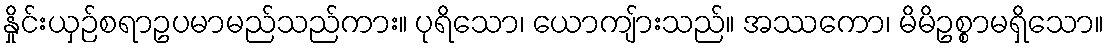
နှိုင်းယှဉ်စရာဥပမာမည်သည်ကား။ ပုရိသော၊ ယောကျ်ားသည်။ အဿကော၊ မိမိဥစ္စာမရှိသော။